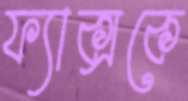
ফ্যাক্সকে